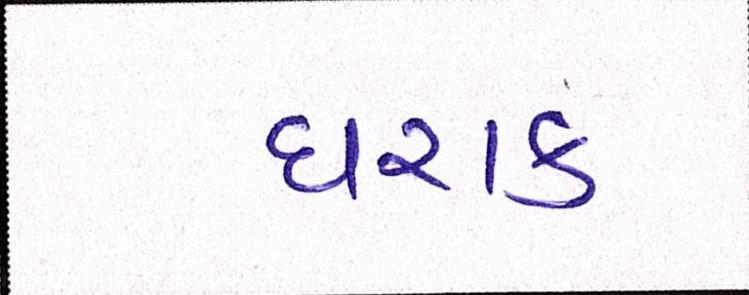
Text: ઘરાક